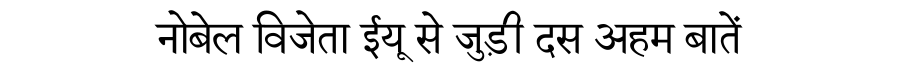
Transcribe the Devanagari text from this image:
नोबेल विजेता ईयू से जुड़ी दस अहम बातें